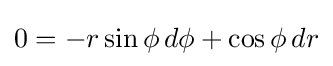
0=-r\sin \phi \,d\phi +\cos \phi \,dr